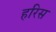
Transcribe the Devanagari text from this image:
हरिस